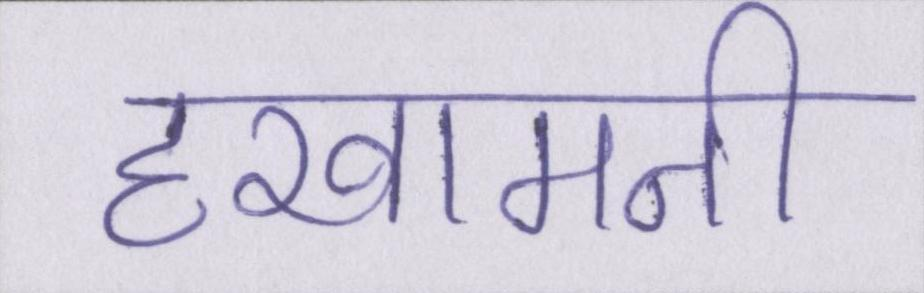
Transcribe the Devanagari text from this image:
हखामनी